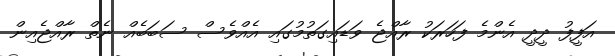
އަފީފު ދީދީ އެންމެ ފަހަރަކު ރާއްޖެ ވަޑައިގަތުމުގައި އެއްވެސް ސަބަބެއް ނެތް ރާއްޖެއިން